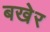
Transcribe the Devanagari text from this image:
बखेर